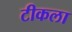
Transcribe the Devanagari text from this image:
टीकला